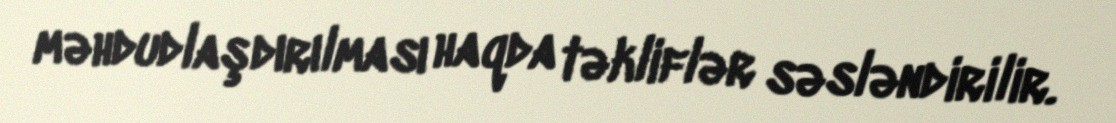
məhdudlaşdırılması haqda təkliflər səsləndirilir.